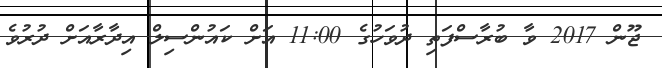
ޖޫން 2017 ވާ ބުރާސްފަތި ދުވަހުގެ 11:00 އަށް ކައުންސިލް އިދާރާއަށް ދުރުވެ